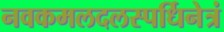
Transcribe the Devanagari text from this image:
नवकमलदलस्पर्धिनेत्रं